Vital statistics of India. Vol. IV, Annual returns from 1871 to 1876. British Army of India, Native Army and jails of Bengal
Year: 1871
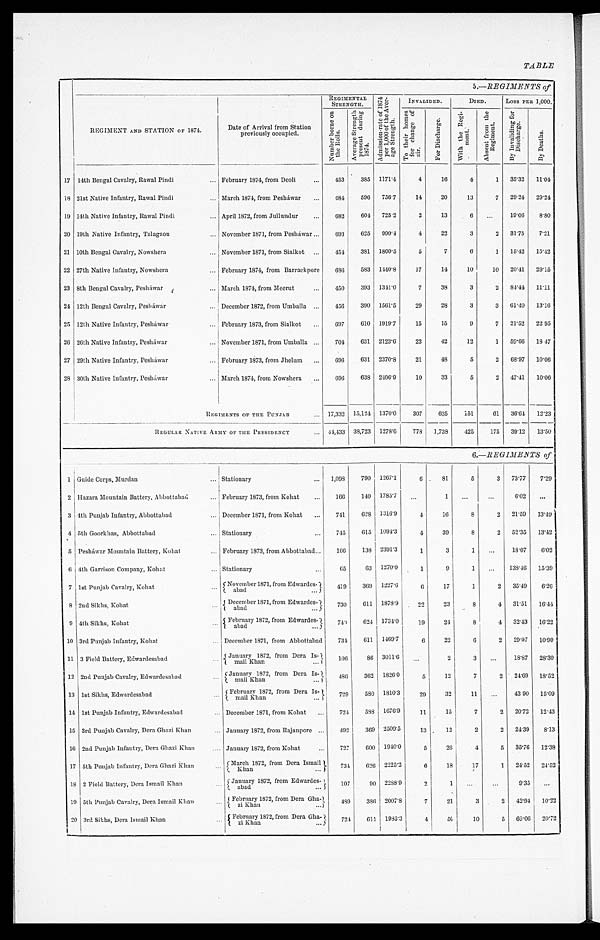
TABLE
5.-REGIMENTS of
REGIMENT AND STATION OF 1874.
Date of Arrival from Station
previously occupied.
REGIMENTAL STRENGTH.
Ad mi s s i o n - r a t e o f 1 8 7 4
p e r 1 , 0 0 0 o f t h e Av e r -
age St r engt h. .
INVALIDED.
DIED. LOSS PER 1,000.
N u m b e r b o r n e o n
t h e Ro l l s . Av e r a g e S t r e n g t h
p r e s e n t d u r i n g
1874.
T o t h e i r h o m e s
f o r c h a n g e o f
a i r .
F o r D i s c h a r g e .
W i t h t h e R e g i -
me n t .
A b s e n t f r o m t h eR
e g i m e n t . By I n v a l i d i n g f o r
D i s c h a r g e . B y D e a t h s .
17 14th Bengal Cavalry, Rawal Pindi
February 1874, from Deoli
453 385 1171.4
4 16 4
1 35.32 11.04
18 21st Native Infantry, Rawal Pindi
I March 1874, from Pesháwar
684 596 756.7 14 20 13
7 29.21 29.24
19 14th Native Infantry, Rawal Pindi
April 1872, from Jullundur
682 604 725.2
2 13
6
19.06 8.80
20 19th Native Infantry, Talagaon
November 1871, from Pesháwar
693 625 990.4
4 22
3
2 31.75 7.21
21 10th Bengal Cavalry, Nowshera
November 1871, from Sialkot
454 381 1800.5
5
7
6
1 15.42 15.42
22 27th Native Infantry, Nowshera
February 1874, from Barrackpore 686 583 1440.8 17 14 10 10 20.41 29.15
23 8th Bengal Cavalry, Pesháwar
March 1874, from Meerut
450 393 1341.0
7 38
3
2 84.44 11.11
24 12th Bengal Cavalry, Pesháwar
December 1872, from Umballa
456 390 1561.5 29 28
3
3 61.40 13.16
25 12th Native Infantry, Pesháwar February 1873, from Sialkot
697 610 1919.7 15 15
9
7 21.52 22 95
26 26th Native Infantry, Pesháwar November 1871, from Umballa
704 631 2123.6 23 42 12
1 59.66 18 47
27 29th Native Infantry, Pesháwar
February 1873, from Jhelum
696 631 2370.8 21 48
5
2 68.97 10.06
28 30th Native Infantry, Pesháwar
March 1874, from Nowshera
696 638 2496.9 10 33
5
2 47.41 10.06
REGIMENTS OF THE PUNJAB 17,332 15,124 1370.0 307 635 151 61 36.64 12.23
REGULAR NATIVE ARMY OF THE PRESIDENCY 44,433 38,723 1278.6 778 1,738 425 175 39.12 13.50
6.-REGIMENTS of
1 Guide Corps, Murdan
Stationary
1,098 790 1267.1
6 81
5
3 73.77 7.29
2 Hazara Mountain Battery, Abbottabad
February 1873, from Kohat
166 140 1785.7
1
6.02
3 4th Punjab Infantry, Abbottabad
December 1871, from Kohat 741 628 1316.9
4 16
8
2 21.59 13.49
4 5th Goorkhas, Abbottabad
Stationary
745 615 1094.3
4 39
8
2 52.35 13.42
5 Pesháwar Mountain Battery, Kohat February 1873, from Abbottabad
166 138 2391.3
1
3
18.07 6.02
6 4th Garrison Company, Kohut
Stationary
65 63 1270.0
1
9
1
138.46 15.39
7 1st Punjab Cavalry, Kohat
(Novenmber 1871, from Edwardes-
4 7 9 369 1227.6
6 17
1
2 35.49 6.26
8 2nd Sikhs, Kohat
December 1871, from Edwardes-
abad
730 611 1878.9 22 23
8
4 31.51 16.44
9 4th Sikhs, Kohat
February 1872, from Edwardes-} 740 624 1734.0 19 24
8
4 32.43 16.22
10 3rd Punjab Infantry, Kohat
December 1871, from Abbottabad 734 611 1469.7
6 22
6
2 29.97 10.90
11 3 Field Battery, Edwardesabad
January 1872, from Dera Is- 106 86 3011.6
2
3
18.87 28.30
12 2nd Punjab Cavalry, Edwardesabad
January 1872, from Dera Is-
mail Khan
4 8 6 362 1826.0
5 12
7
2 24.69 18.52
13 1st Sikhs, Edwardesabad
February 1872 from Dera Is-
mail Khan
729
}
580 1810.3 29 32 11
43 90 15' 09
14 1st Punjab Infantry, Edwardesabad
December 1871, from Kohat
724 588 1676.9 11 15
7
2 20.72 12.43
15 3rd Punjab Cavalry, Dera Ghazi Khan January 1872, from Rajanpore 492 369 2509.5 13 12
2
2 24.39 8.13
16 2nd Punjab Infantry, Dera Ghazi Khan January 1872, from Kohat
727 600 1940.0
5 26
4
5 35.76 12.38
17 5th Punjab Infantry, Dera Ghazi Khan March 1872, from Dera Ismail
Khan
734 626 2225.2
6 18
1 7
1
2 4 . 5 2 2 4 , 5 2
I 8 2 Field Battery, Dera Ismail Khan January 1872, from Edwardes-
abad
107 90 2288.9
2
1
9.35
19 5th Punjab Cavalry, Dera Ismail Khan February 1872, from Dera Gha-
Khan
489 386 2007.8
7 21
3
2 42.94 10.22
2 0 3rd Sikhs, Dera Ismail Khan
February 1872, from Dera Gha- 724 611 1 9 8 5 . 3
4 56
10
5 69.06 20.72